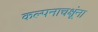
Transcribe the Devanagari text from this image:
कल्पनाचक्षूंना